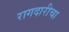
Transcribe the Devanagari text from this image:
रागदारीचा